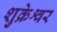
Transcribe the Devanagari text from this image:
शुक्रेश्वर